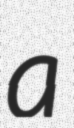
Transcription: a